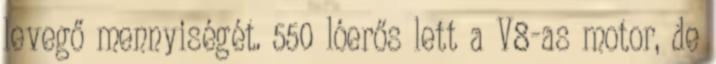
levegő mennyiségét. 550 lóerős lett a V8-as motor, de